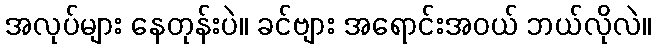
အလုပ်များ နေတုန်းပဲ။ ခင်ဗျား အရောင်းအဝယ် ဘယ်လိုလဲ။